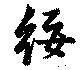
綏